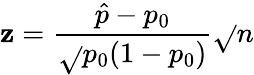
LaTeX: \mathbf{z}={\frac{{{\hat{{p}}}-p_{0}}}{{\sqrt{}{{p_{0}(1-p_{0})}}}}}{\sqrt{}{{n}}}